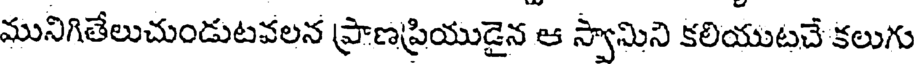
మునిగితేలుచుండుటవలన ప్రాణప్రియుడైన ఆ స్వామిని కలియుటచే కలుగు